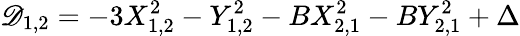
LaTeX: \mathscr{D}_{1,2}=-3X_{1,2}^{2}-Y_{1,2}^{2}-BX_{2,1}^{2}-BY_{2,1}^{2}+\Delta